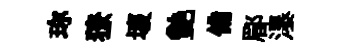
珎獠壞艷備郿瀑